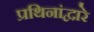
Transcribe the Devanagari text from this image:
प्रथिनांद्वारे